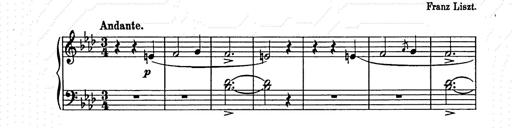
Title: Weihnachtsbaum
Composer: Franz Liszt